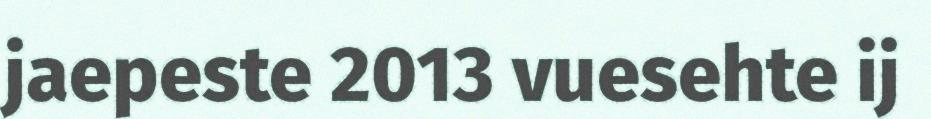
jaepeste 2013 vuesehte ij